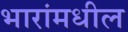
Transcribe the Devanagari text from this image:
भारांमधील